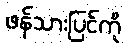
ဖန်သားပြင်ကို